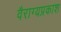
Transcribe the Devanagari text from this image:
वैराग्यप्रकाश